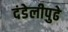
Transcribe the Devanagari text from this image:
दंडेलीपुढे